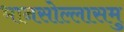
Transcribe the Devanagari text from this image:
भानसोल्लासमु